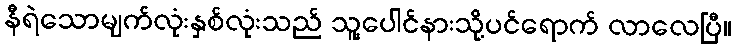
နီရဲသောမျက်လုံးနှစ်လုံးသည် သူ့ပေါင်နားသို့ပင်ရောက် လာလေပြီ။